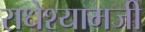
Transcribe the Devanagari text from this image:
राधेश्यामजी